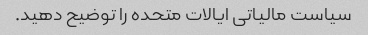
سیاست مالیاتی ایالات متحده را توضیح دهید.